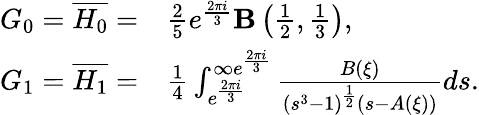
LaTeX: \begin{array}{rl}{G_{0}=\overline{{H_{0}}}=}&{\frac{2}{5}e^{\frac{2\pi i}{3}}\mathbf{B}\left(\frac{1}{2},\frac{1}{3}\right),}\\ {G_{1}=\overline{{H_{1}}}=}&{\frac{1}{4}\int_{e^{\frac{2\pi i}{3}}}^{\infty e^{\frac{2\pi i}{3}}}\frac{B(\xi)}{\left(s^{3}-1\right)^{\frac{1}{2}}(s-A(\xi))}ds.}\end{array}